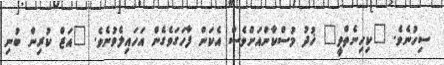
ސިހުނެވެ. "ކިހިނެތްވީ" ޚުދު މުސްކާންއަށްވެސް އެކަން ފާހަގަވެގެން އަހައިލެވުނެވެ. "އަޒް ކުރިން ބުނި